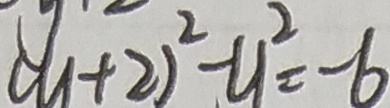
( y + 2 ) ^ { 2 } - y ^ { 2 } = - 6